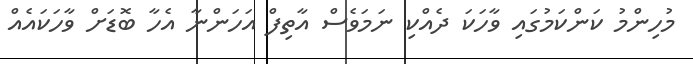
މުހިންމު ކަންކަމުގައި ވާހަކަ ދެއްކި ނަމަވެސް އާތިފް އަހަންނާ އެހާ ބޮޑަށް ވާހަކައެއް